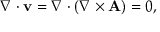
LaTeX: \nabla \cdot \mathbf { v } = \nabla \cdot ( \nabla \times \mathbf { A } ) = 0 ,